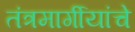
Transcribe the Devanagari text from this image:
तंत्रमार्गीयांचे